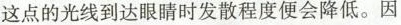
这点的光线到达眼睛时发散程度便会降低。因